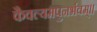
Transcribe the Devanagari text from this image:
कैवल्यमपुनर्भवम्‌।।